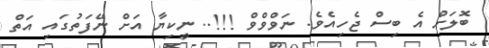
ބޮލަށް އެ ބިސް ޖެހިއެވެ. ނަވްވްވް !!!.. ނީކިޔާ އަށް ނޭފަތުގައި އަތް